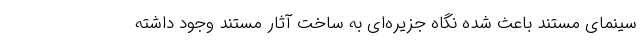
سینمای مستند باعث شده نگاه جزیره‌ای به ساخت آثار مستند وجود داشته